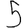
Digit: 5